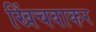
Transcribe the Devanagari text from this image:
खिंचवाकर